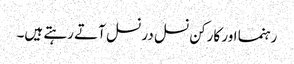
رہنما اور کارکن نسل در نسل آتے رہتے ہیں۔